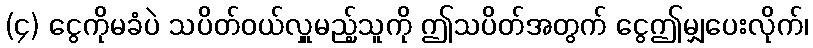
(၄) ငွေကိုမခံပဲ သပိတ်ဝယ်လှူမည့်သူကို ဤသပိတ်အတွက် ငွေဤမျှပေးလိုက်၊